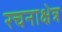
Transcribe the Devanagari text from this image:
रचनाक्षेत्र